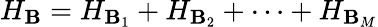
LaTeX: H_{\mathbf{B}}=H_{\mathbf{B}_{1}}+H_{\mathbf{B}_{2}}+\dots+H_{\mathbf{B}_{M}}